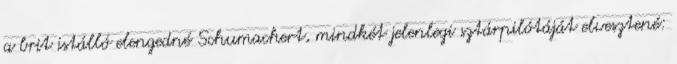
a brit istálló elengedné Schumachert, mindkét jelenlegi sztárpilótáját elvesztené: